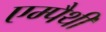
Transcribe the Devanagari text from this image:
एम्पैथी